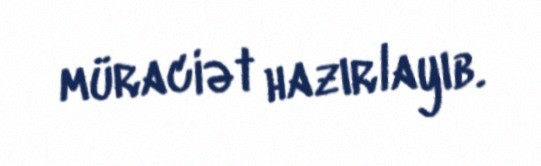
müraciət hazırlayıb.